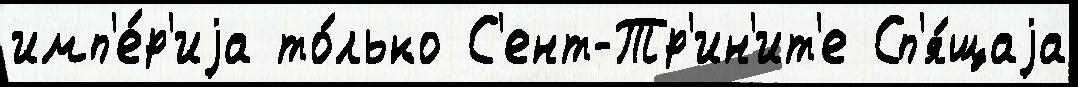
имп'е́р'иjа то́лько С'ент-Тр'ин'ит'е Сп'я́щаjа